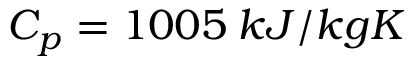
C _ { p } = 1 0 0 5 \: k J / k g K